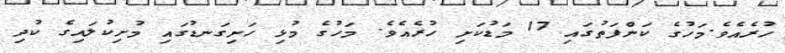
ހުރެއެވެ.މަހުގެ ކަންފަތުގައި 17 މަޑުކަށި ހުރެއެވެ. މަހުގެ މުޅި ހަށިގަނޑުގައި މުށިކުލައިގެ ކުދި